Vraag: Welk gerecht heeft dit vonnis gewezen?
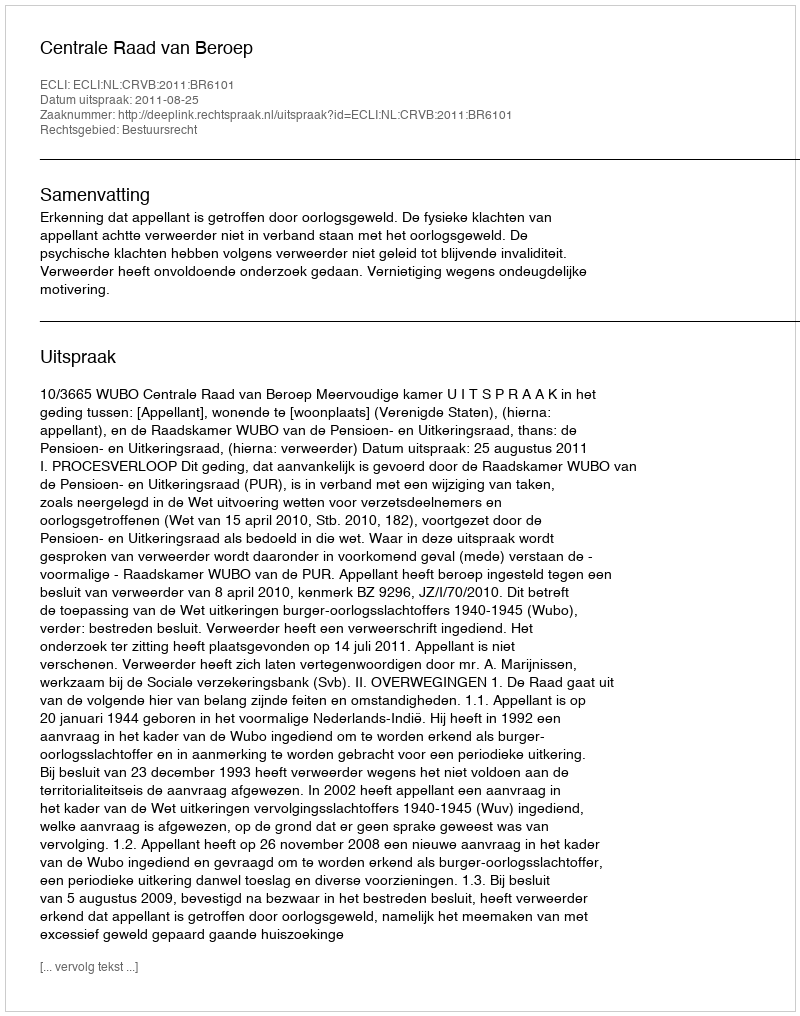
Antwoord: Centrale Raad van Beroep